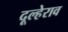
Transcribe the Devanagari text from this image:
दूल्हेराव